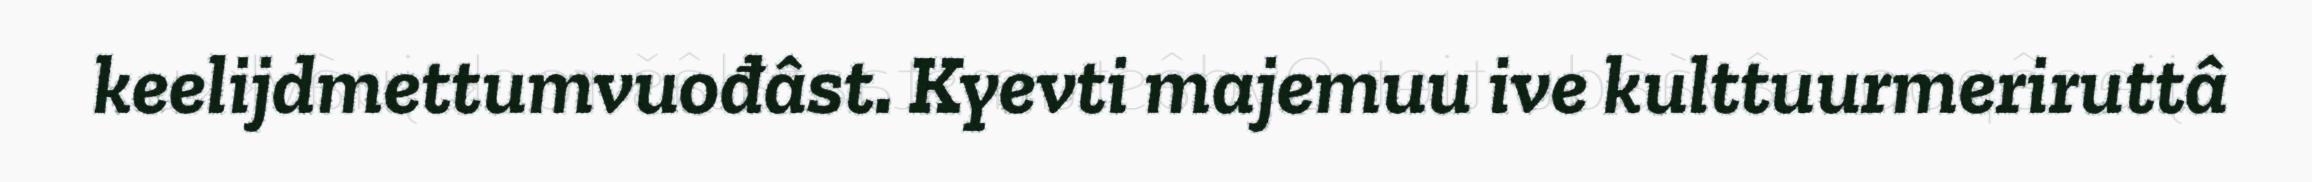
keelijdmettumvuođâst. Kyevti majemuu ive kulttuurmeriruttâ